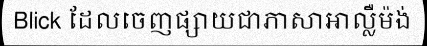
Blick ដែលចេញផ្សាយជាភាសាអាល្លឺម៉ង់